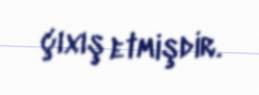
çıxış etmişdir.